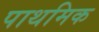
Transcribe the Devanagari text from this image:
पाथमिक